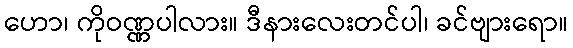
ဟော၊ ကိုဝဏ္ဏပါလား။ ဒီနားလေးတင်ပါ၊ ခင်ဗျားရော။